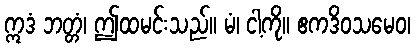
ဣဒံ ဘတ္တံ၊ ဤထမင်းသည်။ မံ၊ ငါ့ကို။ ဧကဒိဝသမေဝ၊